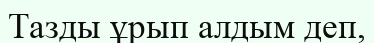
Тазды ұрып алдым деп,